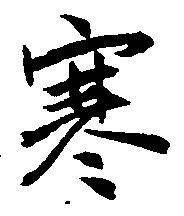
寒